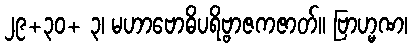
၂၉+၃၀+ ၃၊ မဟာဗောဓိပရိဗ္ဗာဇကဇာတ်။ ဗြာဟ္မဏ၊